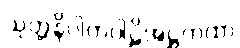
သုတ္တနိပါတပါဠိအဋ္ဌကထာ